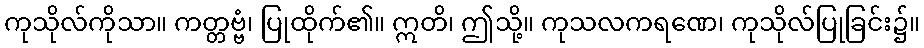
ကုသိုလ်ကိုသာ။ ကတ္တဗ္ဗံ၊ ပြုထိုက်၏။ ဣတိ၊ ဤသို့။ ကုသလကရဏေ၊ ကုသိုလ်ပြုခြင်း၌။